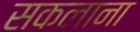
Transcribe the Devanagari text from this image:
सकलाना